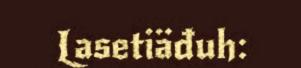
Lasetiäđuh: